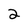
Character: 2